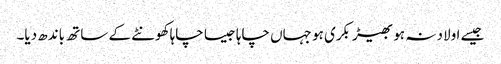
جیسے اولاد نہ ہو بھیڑ بکری ہو جہاں چاہا جیسا چاہا کھونٹے کے ساتھ باندھ دیا۔